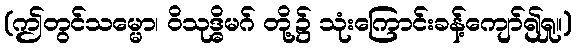
(ဤတွင်သမ္မော၊ ဝိသုဒ္ဓိမဂ် တို့၌ သုံးကြောင်းခန့်ကျော်၍ရှု။)